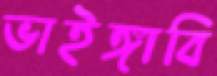
ভাইঙ্গাবি